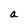
Character: a